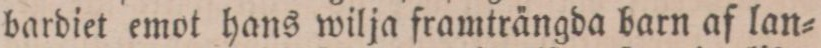
bardiet emot hans wilja framträngda barn af lan=